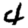
Digit: 4